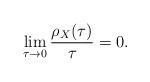
LaTeX: \begin{align*} \lim_{\tau\to 0} \frac{\rho_{X}(\tau)}{\tau} = 0.\end{align*}